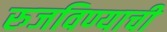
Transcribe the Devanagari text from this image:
रुजविण्याची